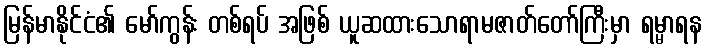
မြန်မာနိုင်ငံ၏ မော်ကွန်း တစ်ရပ် အဖြစ် ယူဆထားသောရာမဇာတ်တော်ကြီးမှာ ရမ္မာရန